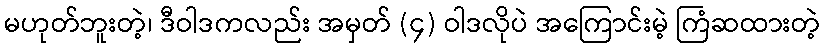
မဟုတ်ဘူးတဲ့၊ ဒီဝါဒကလည်း အမှတ် (၄) ဝါဒလိုပဲ အကြောင်းမဲ့ ကြံဆထားတဲ့